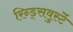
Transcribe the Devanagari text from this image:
रिन्ड्सवुर्स्टे